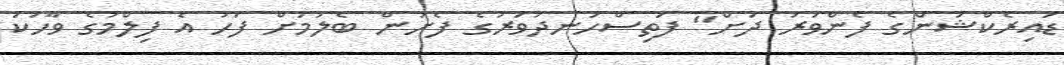
ޑައިރެކްޝަންގެ ފެންވަރު ދަށް" ފަތިސްހަނދުވަރުގެ ފެށުން ބެލުމަށް ފަހު އެ ފިލްމުގެ ވާހަކަ